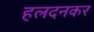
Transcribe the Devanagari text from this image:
हलदनकर